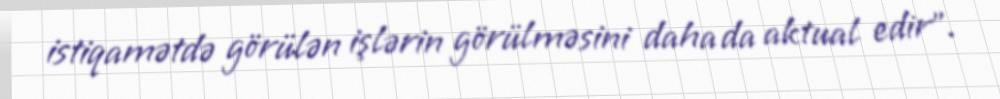
istiqamətdə görülən işlərin görülməsini daha da aktual edir".